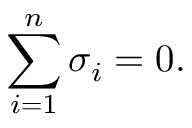
\sum _ { i = 1 } ^ { n } \sigma _ { i } = 0 .